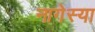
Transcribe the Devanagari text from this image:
नागेस्या